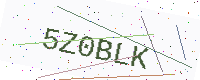
Text: 5Z0BLK